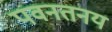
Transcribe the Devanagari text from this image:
पवनतनय